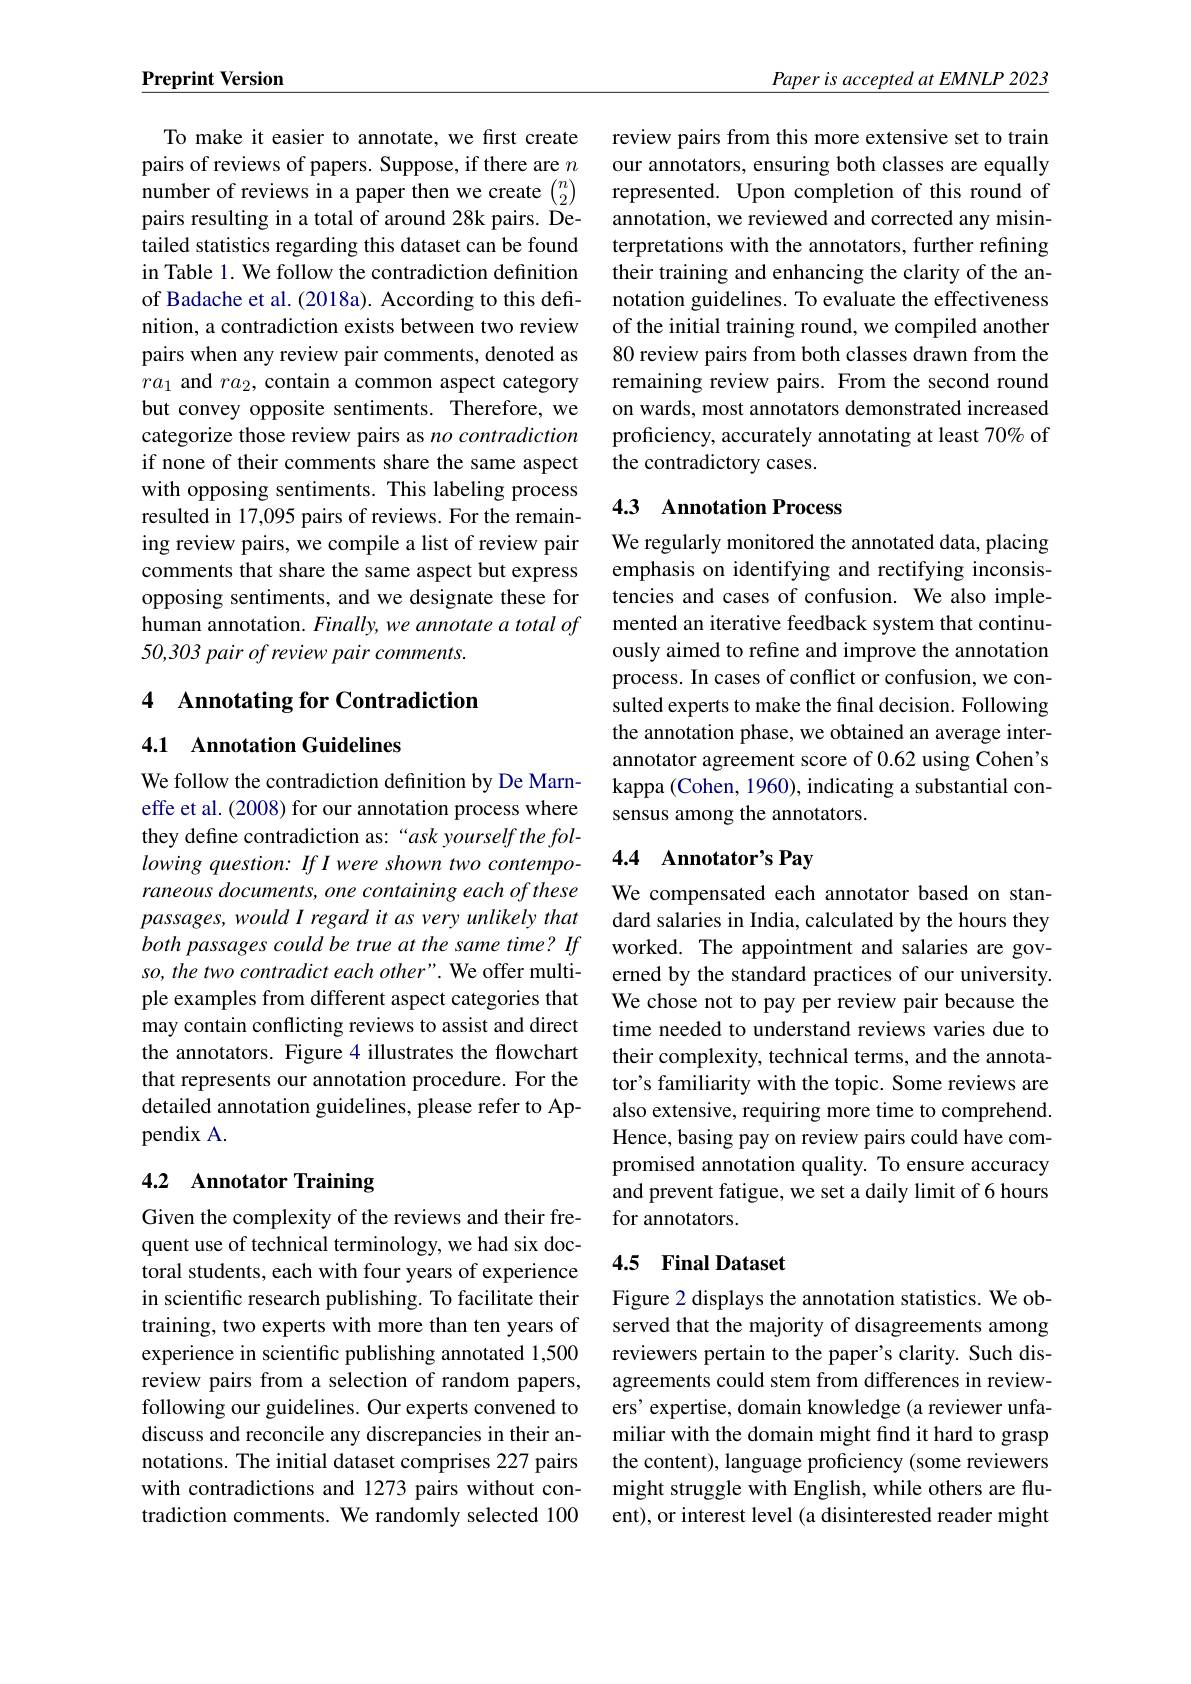
Preprint Version

To make it easier to annotate, we first create pairs of reviews of papers. Suppose, if there are $n$ ${\mathrm{number~of~reviews~in~a~paper~then~we~create~}\binom n2}$ pairs resulting in a total of around 28k pairs. Detailed statistics regarding this dataset can be found in Table 1. We follow the contradiction definition of Badache et al. (2018a). According to this definition, a contradiction exists between two review pairs when any review pair comments, denoted as $ra_1$ and $ra_2$, contain a common aspect category but convey opposite sentiments. Therefore, we categorize those review pairs as no contradiction if none of their comments share the same aspect with opposing sentiments. This labeling process resulted in 17,095 pairs of reviews. For the remaining review pairs, we compile a list of review pair comments that share the same aspect but express opposing sentiments, and we designate these for human annotation. Finally, we annotate a total of 50,303 pair of review pair comments.

## 4 Annotating for Contradiction

## 4.1 Annotation Guidelines

We follow the contradiction definition by De Marneffe et al. (2008) for our annotation process where they define contradiction as:“ “ask yourself the following question: If I were shown two contemporaneous documents, one containing each of these passages, would I regard it as very unlikely that both passages could be true at the same time? If worked. The appointment and salaries are gov-
so, the two contradict each other". We offer multiple examples from different aspect categories that may contain conflicting reviews to assist and direct the annotators. Figure 4 illustrates the flowchart that represents our annotation procedure. For the detailed annotation guidelines, please refer to Appendix A.

# 4.2 Annotator Training

Given the complexity of the reviews and their frequent use of technical terminology, we had six doctoral students, each with four years of experience in scientific research publishing. To facilitate their training, two experts with more than ten years of experience in scientific publishing annotated 1,500 review pairs from a selection of random papers, following our guidelines. Our experts convened to discuss and reconcile any discrepancies in their annotations. The initial dataset comprises 227 pairs with contradictions and 1273 pairs without contradiction comments. We randomly selected 100

$\underline{Paper\:is\:accepted\:at\:EMNLP\:2023}$

review pairs from this more extensive set to train our annotators, ensuring both classes are equally represented. Upon completion of this round of annotation, we reviewed and corrected any misinterpretations with the annotators, further refining their training and enhancing the clarity of the annotation guidelines. To evaluate the effectiveness of the initial training round, we compiled another 80 review pairs from both classes drawn from the remaining review pairs. From the second round on wards, most annotators demonstrated increased proficiency, accurately annotating at least 70% of the contradictory cases.

# 4.3 Annotation Process

We regularly monitored the annotated data, placing emphasis on identifying and rectifying inconsistencies and cases of confusion. We also implemented an iterative feedback system that continuously aimed to refine and improve the annotation process. In cases of conflict or confusion, we consulted experts to make the final decision. Following the annotation phase, we obtained an average interannotator agreement score of 0.62 using Cohen's kappa (Cohen, 1960), indicating a substantial consensus among the annotators.

# 4.4 Annotator's Pay

We compensated each annotator based on standard salaries in India, calculated by the hours they erned by the standard practices of our university. We chose not to pay per review pair because the time needed to understand reviews varies due to their complexity, technical terms, and the annotator's familiarity with the topic. Some reviews are also extensive, requiring more time to comprehend. Hence, basing pay on review pairs could have compromised annotation quality. To ensure accuracy and prevent fatigue, we set a daily limit of 6 hours for annotators.

# 4.5 Final Dataset

Figure 2 displays the annotation statistics. We observed that the majority of disagreements among reviewers pertain to the paper's clarity. Such disagreements could stem from differences in reviewers' expertise, domain knowledge (a reviewer unfamiliar with the domain might find it hard to grasp the content), language proficiency (some reviewers might struggle with English, while others are fluent), or interest level (a disinterested reader might